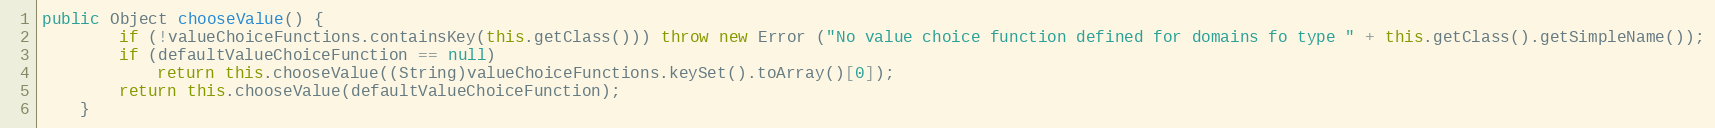
Language: Java
public Object chooseValue() {
		if (!valueChoiceFunctions.containsKey(this.getClass())) throw new Error ("No value choice function defined for domains fo type " + this.getClass().getSimpleName());
		if (defaultValueChoiceFunction == null)
			return this.chooseValue((String)valueChoiceFunctions.keySet().toArray()[0]);
		return this.chooseValue(defaultValueChoiceFunction);
	}